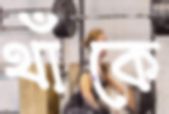
থাঁকে